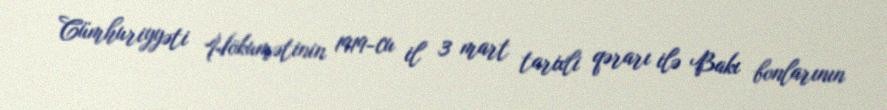
Cümhuriyyəti Hökumətinin 1919-cu il 3 mart tarixli qərarı ilə Bakı bonlarının